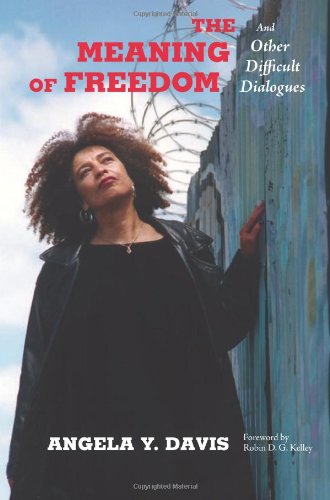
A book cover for The Meaning of Freedom: And Other Difficult Dialogues (City Lights Open Media); Angela Y. Davis; Gay & Lesbian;